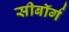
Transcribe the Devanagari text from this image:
सीबॉर्ग